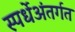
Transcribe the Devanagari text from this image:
स्पर्धेअंतर्गत